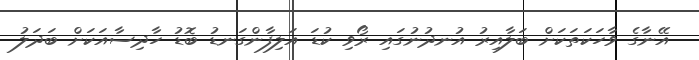
އޭނާގެ ވާހަކަތަކަށް ބަލާއިރު އުނދުނުގައި ރޯވި ކުޑަ އަލިފާންގަނޑު ބޮޑު ހާދިސާއަކަށް ބަދަލު